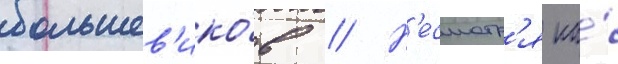
большев'ико́в // Н'есмотр'я на́